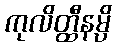
ကုလိတ္ထီနမ္ပိ